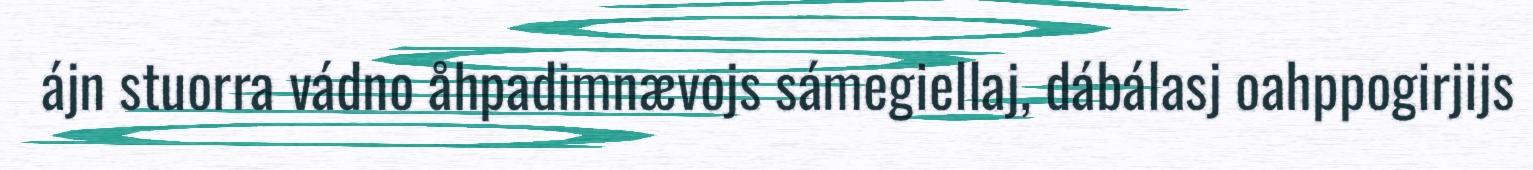
ájn stuorra vádno åhpadimnævojs sámegiellaj, dábálasj oahppogirjijs